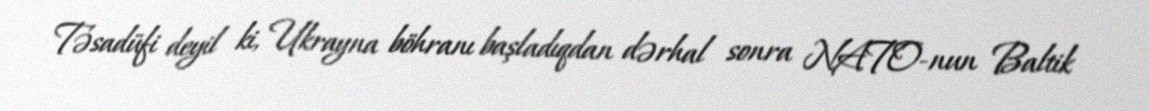
Təsadüfi deyil ki, Ukrayna böhranı başladıqdan dərhal sonra NATO-nun Baltik